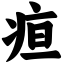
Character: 疸